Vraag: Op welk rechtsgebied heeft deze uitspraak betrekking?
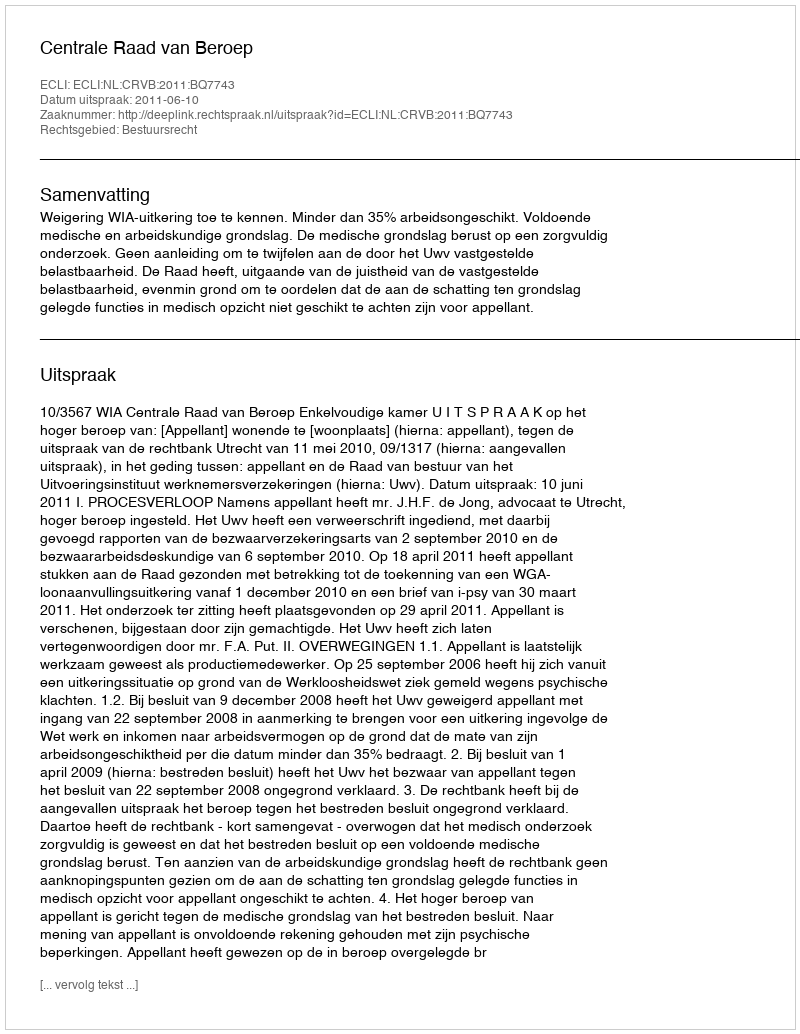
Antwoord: Bestuursrecht